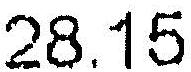
28.15